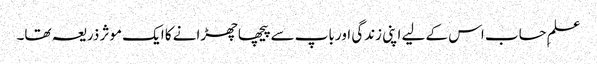
علمِ حساب اس کے لیے اپنی زندگی اور باپ سے پیچھا چھڑانے کا ایک موثر ذریعہ تھا۔